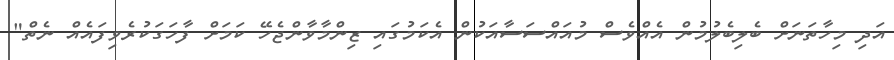
އަދި މިހާތަނަށް ބެލިބެލުމުން އެއްވެސް މުއައްސަސާއަކުން އެކަމުގައި ޒިންމާވާންޖެހޭ ކަމަށް ފާހަގަކުރެވިފައެއް ނެތް"